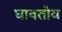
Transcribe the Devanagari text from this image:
घावतोय